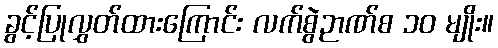
ခွင့်ပြုလွှတ်ထားကြောင်း လက်စွဲဉာဏ်စ ၁၀ မျိုး။